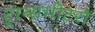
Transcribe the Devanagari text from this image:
ट्रान्समीटरों